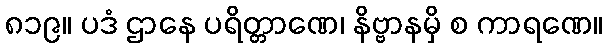
၈၁၉။ ပဒံ ဌာနေ ပရိတ္တာဏေ၊ နိဗ္ဗာနမှိ စ ကာရဏေ။